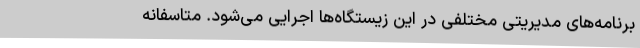
برنامه‌های مدیریتی مختلفی در این زیستگاه‌ها اجرایی می‌شود. متاسفانه